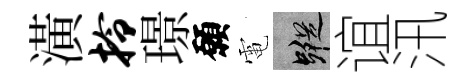
潢拎璟願電蹤谊汛